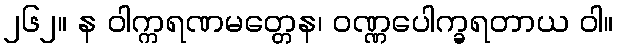
၂၆၂။ န ဝါက္ကရဏမတ္တေန၊ ဝဏ္ဏပေါက္ခရတာယ ဝါ။